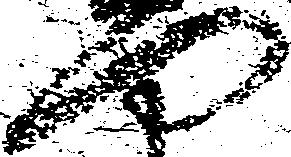
門